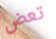
تعض